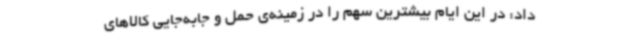
داد: در این ایام بیشترین سهم را در زمینه‌ی حمل و جابه‌جایی کالاهای